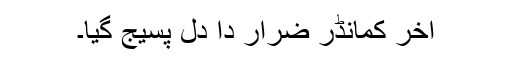
آخر کمانڈر ضرار دا دل پسیج گیا۔